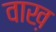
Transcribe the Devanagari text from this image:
वाख़